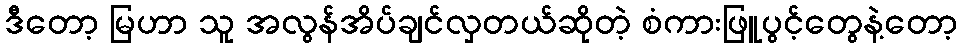
ဒီတော့ မြဟာ သူ အလွန်အိပ်ချင်လှတယ်ဆိုတဲ့ စံကားဖြူပွင့်တွေနဲ့တော့